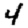
Digit: 4